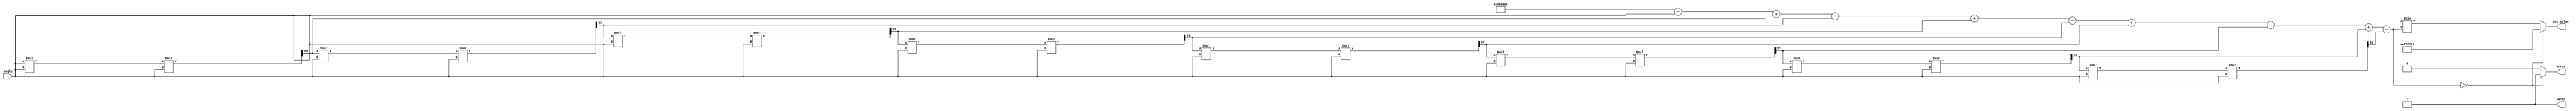
module secant (
    input  wire [23:0] angle,      // Input angle in radians (Q23 format)
    output reg  [23:0] sec_value,   // Output secant value (Q23 format)
    output reg         valid,        // Output valid signal
    output reg         error         // Output error signal for division by zero
);

    // Internal signals
    reg [23:0] cos_value;            // Cosine value (Q23 format)
    reg [23:0] reciprocal;            // Reciprocal of cosine (Q23 format)

    // Cosine approximation using Taylor series
    function [23:0] cosine;
        input [23:0] x;
        reg [23:0] term;
        reg [23:0] sum;
        integer i;
        begin
            sum = 24'h400000; // Initial term: 1.0 in Q23
            term = x; // Start with x
            for (i = 1; i < 10; i = i + 1) begin
                if (i % 2 == 1) begin
                    sum = sum - term; // Odd terms are subtracted
                end else begin
                    sum = sum + term; // Even terms are added
                end
                term = (term * x * x) >> 23; // x^2 / (2*i)!
            end
            cosine = sum;
        end
    endfunction

    // Reciprocal calculation
    function [23:0] reciprocal_func;
        input [23:0] value;
        begin
            if (value == 24'h000000) begin
                reciprocal_func = 24'hFFFFFF; // Return a large value or NaN
                error = 1'b1; // Set error flag
            end else begin
                reciprocal_func = (24'h8000000 / value); // 1/cos(angle)
                error = 1'b0; // Clear error flag
            end
        end
    endfunction

    // Main computation block
    always @(*) begin
        // Compute cosine of the input angle
        cos_value = cosine(angle);
        
        // Compute the reciprocal of the cosine value
        reciprocal = reciprocal_func(cos_value);
        
        // Set the secant value
        sec_value = reciprocal;
        
        // Set valid signal
        valid = 1'b1; // Indicate that the output is valid
    end

endmodule